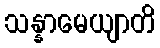
သန္နာမေယျာတိ